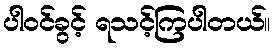
ပါဝင်ခွင့် ရသင့်ကြပါတယ်။